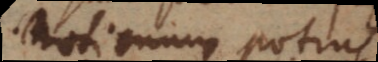
notionum potius